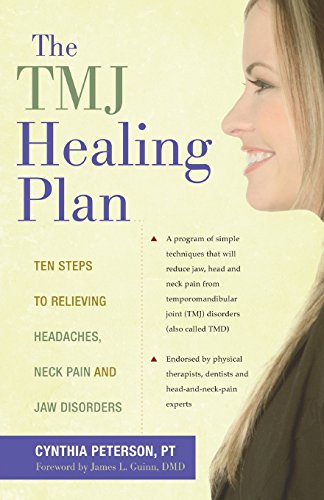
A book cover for The TMJ Healing Plan: Ten Steps to Relieving Headaches, Neck Pain and Jaw Disorders (Positive Options for Health); PT Cynthia Peterson; Health, Fitness & Dieting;